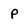
Character: P